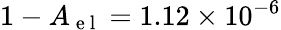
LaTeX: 1-A_{\mathrm{~e~l~}}=1.12\times 10^{-6}